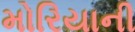
મોરિયાની